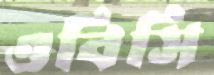
ওবিসি